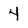
Character: 4